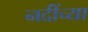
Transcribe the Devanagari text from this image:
नदींच्या